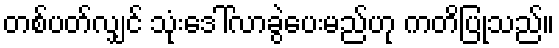
တစ်ပတ်လျှင် သုံးဒေါ်လာခွဲပေးမည်ဟု ကတိပြုသည်။